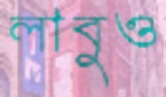
লাবুও